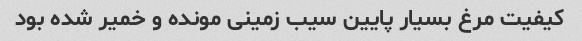
کیفیت مرغ بسیار پایین سیب زمینی مونده و خمیر شده بود